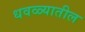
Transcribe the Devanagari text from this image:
धवळ्यातील